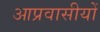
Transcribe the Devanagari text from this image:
आप्रवासीयों